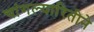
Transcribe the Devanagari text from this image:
चांगल्यारितीने